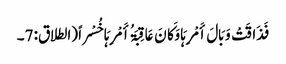
فَذَاقَتْ وَبَالَ أَمْرِہَا وَکَانَ عَاقِبَۃُ أَمْرِہَا خُسْراً (الطلاق: 7۔